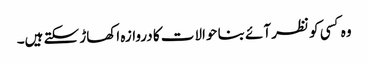
وہ کسی کو نظر آئے بنا حوالات کا دروازہ اکھاڑ سکتے ہیں۔